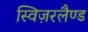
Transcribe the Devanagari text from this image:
स्विज़रलैण्ड